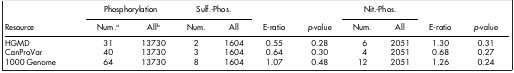
<table><thead><tr><td><b> </b></td><td colspan="2"><b> Phosphorylation</b></td><td colspan="2"><b> Sulf.-Phos.</b></td><td><b> </b></td><td><b> </b></td><td colspan="2"><b> Nit.-Phos.</b></td><td><b> </b></td><td><b> </b></td></tr><tr><td><b>Resource</b></td><td><b>Num.<i><sup>a</sup></i></b></td><td><b>All<i><sup>b</sup></i></b></td><td><b>Num.</b></td><td><b>All</b></td><td><b>E-ratio</b></td><td><b><i>p</i>-value</b></td><td><b>Num.</b></td><td><b>All</b></td><td><b>E-ratio</b></td><td><b><i>p</i>-value</b></td></tr></thead><tbody><tr><td>HGMD</td><td>31</td><td>13730</td><td>2</td><td>1604</td><td>0.55</td><td>0.28</td><td>6</td><td>2051</td><td>1.30</td><td>0.31</td></tr><tr><td>CanProVar</td><td>40</td><td>13730</td><td>3</td><td>1604</td><td>0.64</td><td>0.30</td><td>4</td><td>2051</td><td>0.68</td><td>0.27</td></tr><tr><td>1000 Genome</td><td>64</td><td>13730</td><td>8</td><td>1604</td><td>1.07</td><td>0.48</td><td>12</td><td>2051</td><td>1.26</td><td>0.24</td></tr></tbody></table>